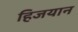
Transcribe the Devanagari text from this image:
हिजयान